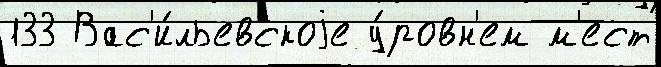
133 Вас'и́льевскоjе у́ровн'ем м'ест